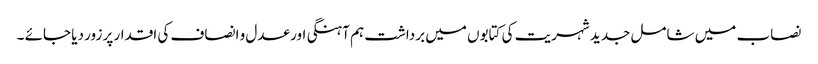
نصاب میں شامل جدید شہریت کی کتابوں میں برداشت ہم آہنگی اور عدل و انصاف کی اقدار پر زور دیا جائے ۔